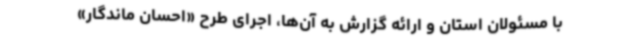
با مسئولان استان و ارائه گزارش به آن‌ها، اجرای طرح «احسان ماندگار»